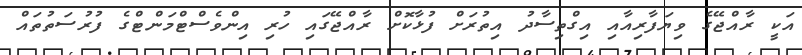
އަކީ ރާއްޖޭގެ ވިޔަފާރިއާއި އިގްތިސާދު އިތުރަށް ފުޅާކޮށް ރާއްޖޭގައި ހުރި އިންވެސްޓްމަންޓްގެ ފުރުސަތުތައް